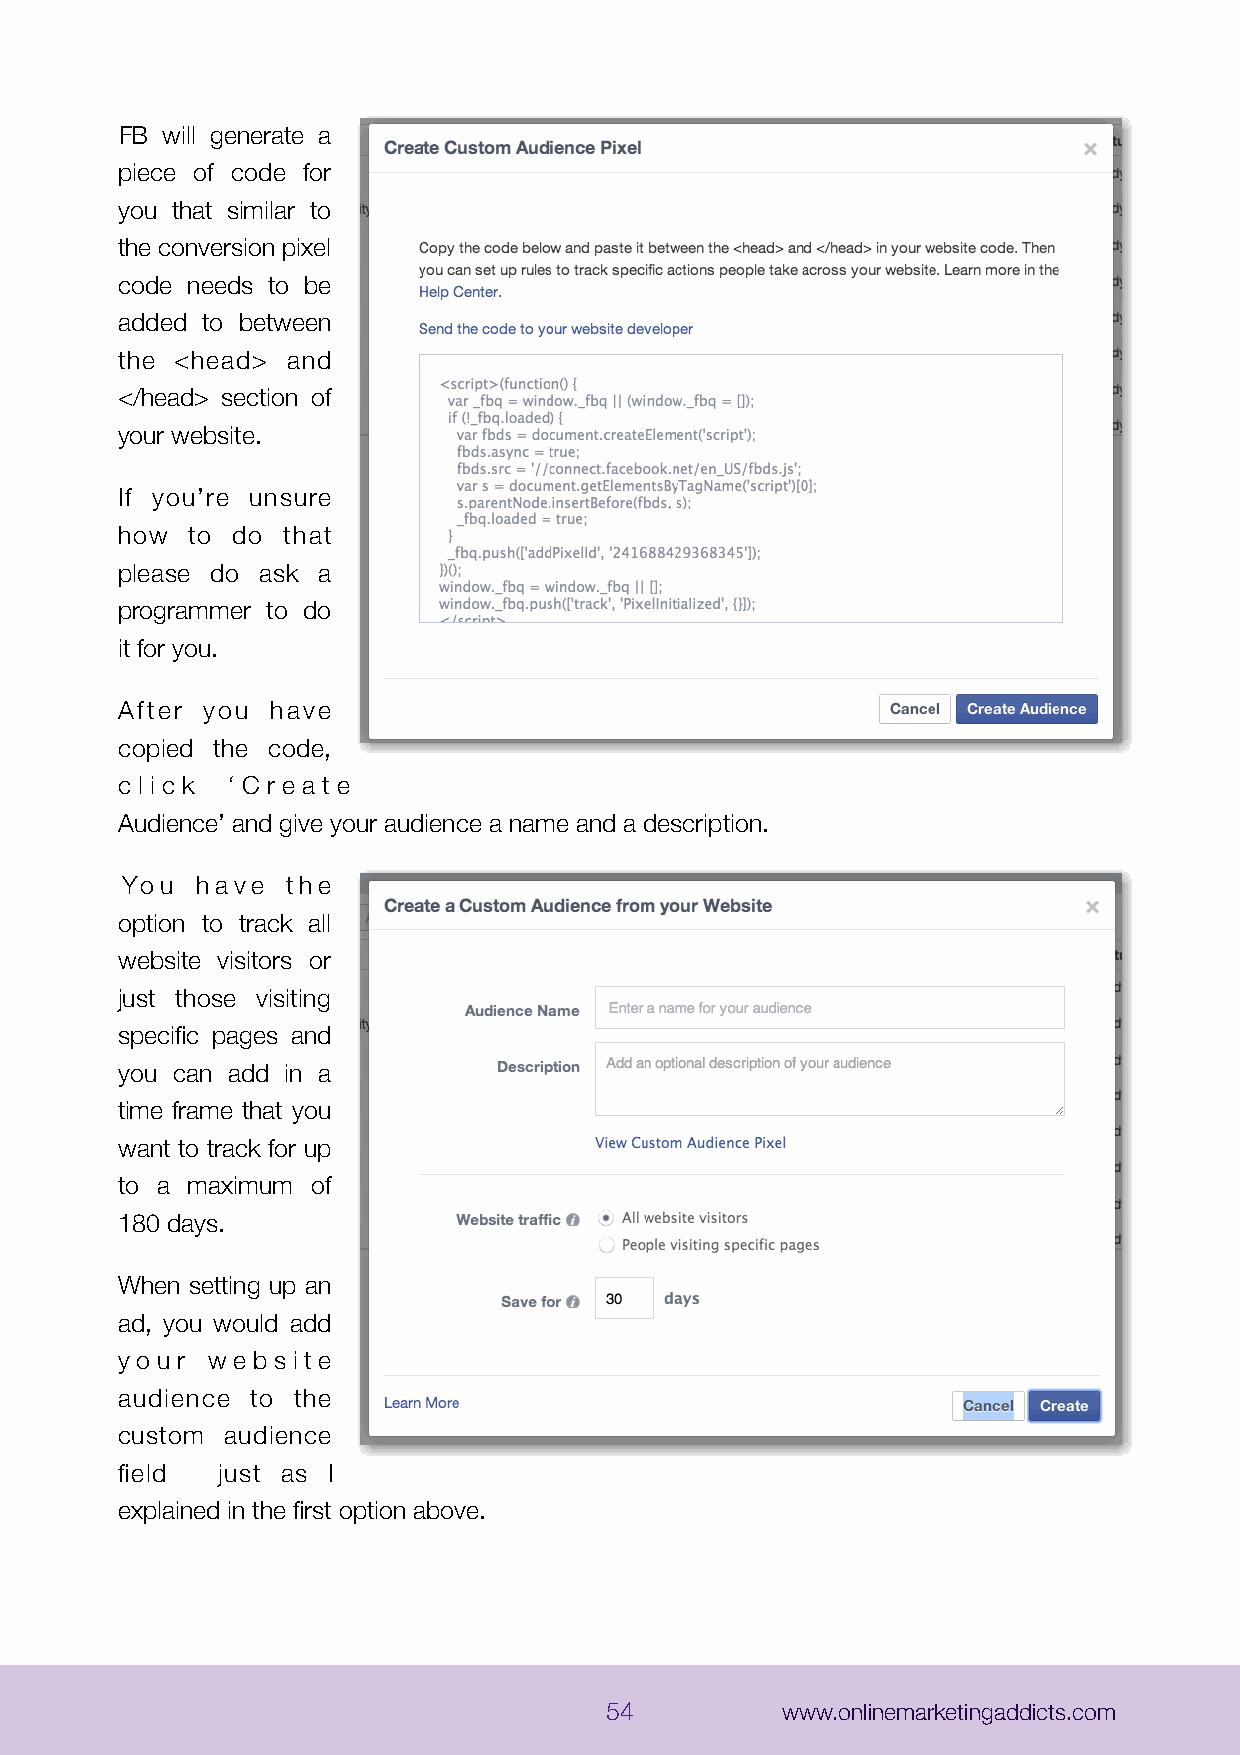
FB will generate a
 piece of code for
 you that similar to
 the conversion pixel
 code needs to be
 added to between
 the <head> and
 </head> section of
 your website.
 If you’re unsure
 how to do  that
 please do ask a
 programmer to do
 it for you.
 After you have
 copied the code,
 c l i c k ‘ C r e a t e
 Audience’ and give your audience a name and a description.
 You  have  the
 option to track all
 website visitors or
 just those visiting
 specific pages and
 you can add in a
 time frame that you
 want to track for up
 to a maximum of
 180 days.
 When setting up an
 ad, you would add
 y o u r w e b s i t e
 audience to the
 custom audience
 field just as I
 explained in the first option above.
 54          www.onlinemarketingaddicts.com